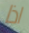
اذا